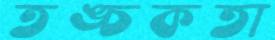
তঙ্চকতা